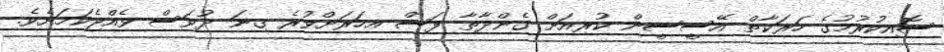
ސޮއިކުރުމުގެ ހަރަކާތް އޭސީސީން ކުރިއަށް ގެންދާތާ ފަސް އހަަރަށްވުރެ ގިނަ ދުވަސް ވެއްޖެކަމަށެވެ.